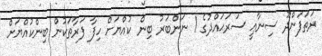
ރަތަފަންދޫ ސިނާޢީ ސަރަޙައްދުގެ 1 ނަންބަރު ބިން ކުއްޔަށް ހިފާ ފަރާތަކުން ބިންކުއްޔަށް